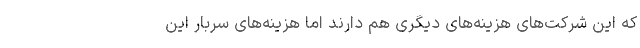
که این شرکت‌های هزینه‌های دیگری هم دارند اما هزینه‌های سربار این